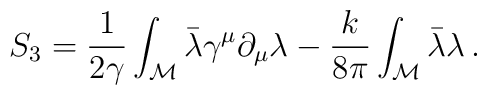
S_3 =  \frac{1}{2\gamma}\int_{\cal M}\bar\lambda\gamma^\mu\partial_\mu\lambda-\frac{k}{8\pi}\int_{\cal M}\bar\lambda\lambda\, .